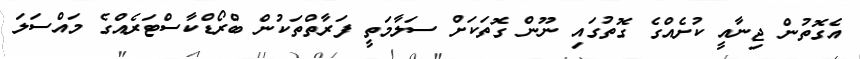
އެގޮތުން ޖިނާއީ ކުށެއްގެ ގޮތުގައި ނޫން ގޮތަކަށް ސަލާމަތީ ފަރާތްތަކުން ބްރޯޑްކާސްޓަރެއްގެ މައްސަލަ